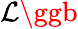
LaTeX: \mathcal{L}\ggb